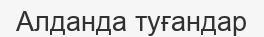
Алданда туғандар